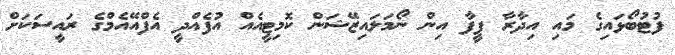
ފުޓުބޯޅައިގެ މައި އިދާރާ ފީފާ އިން ނޯމަލައިޒޭޝަން ކޮމިޓީއެއް އުފެއްދީ އެފްއޭއެމްގެ ރައީސަކަށް